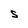
Character: S